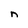
Character: n